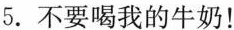
5.不要喝我的牛奶！